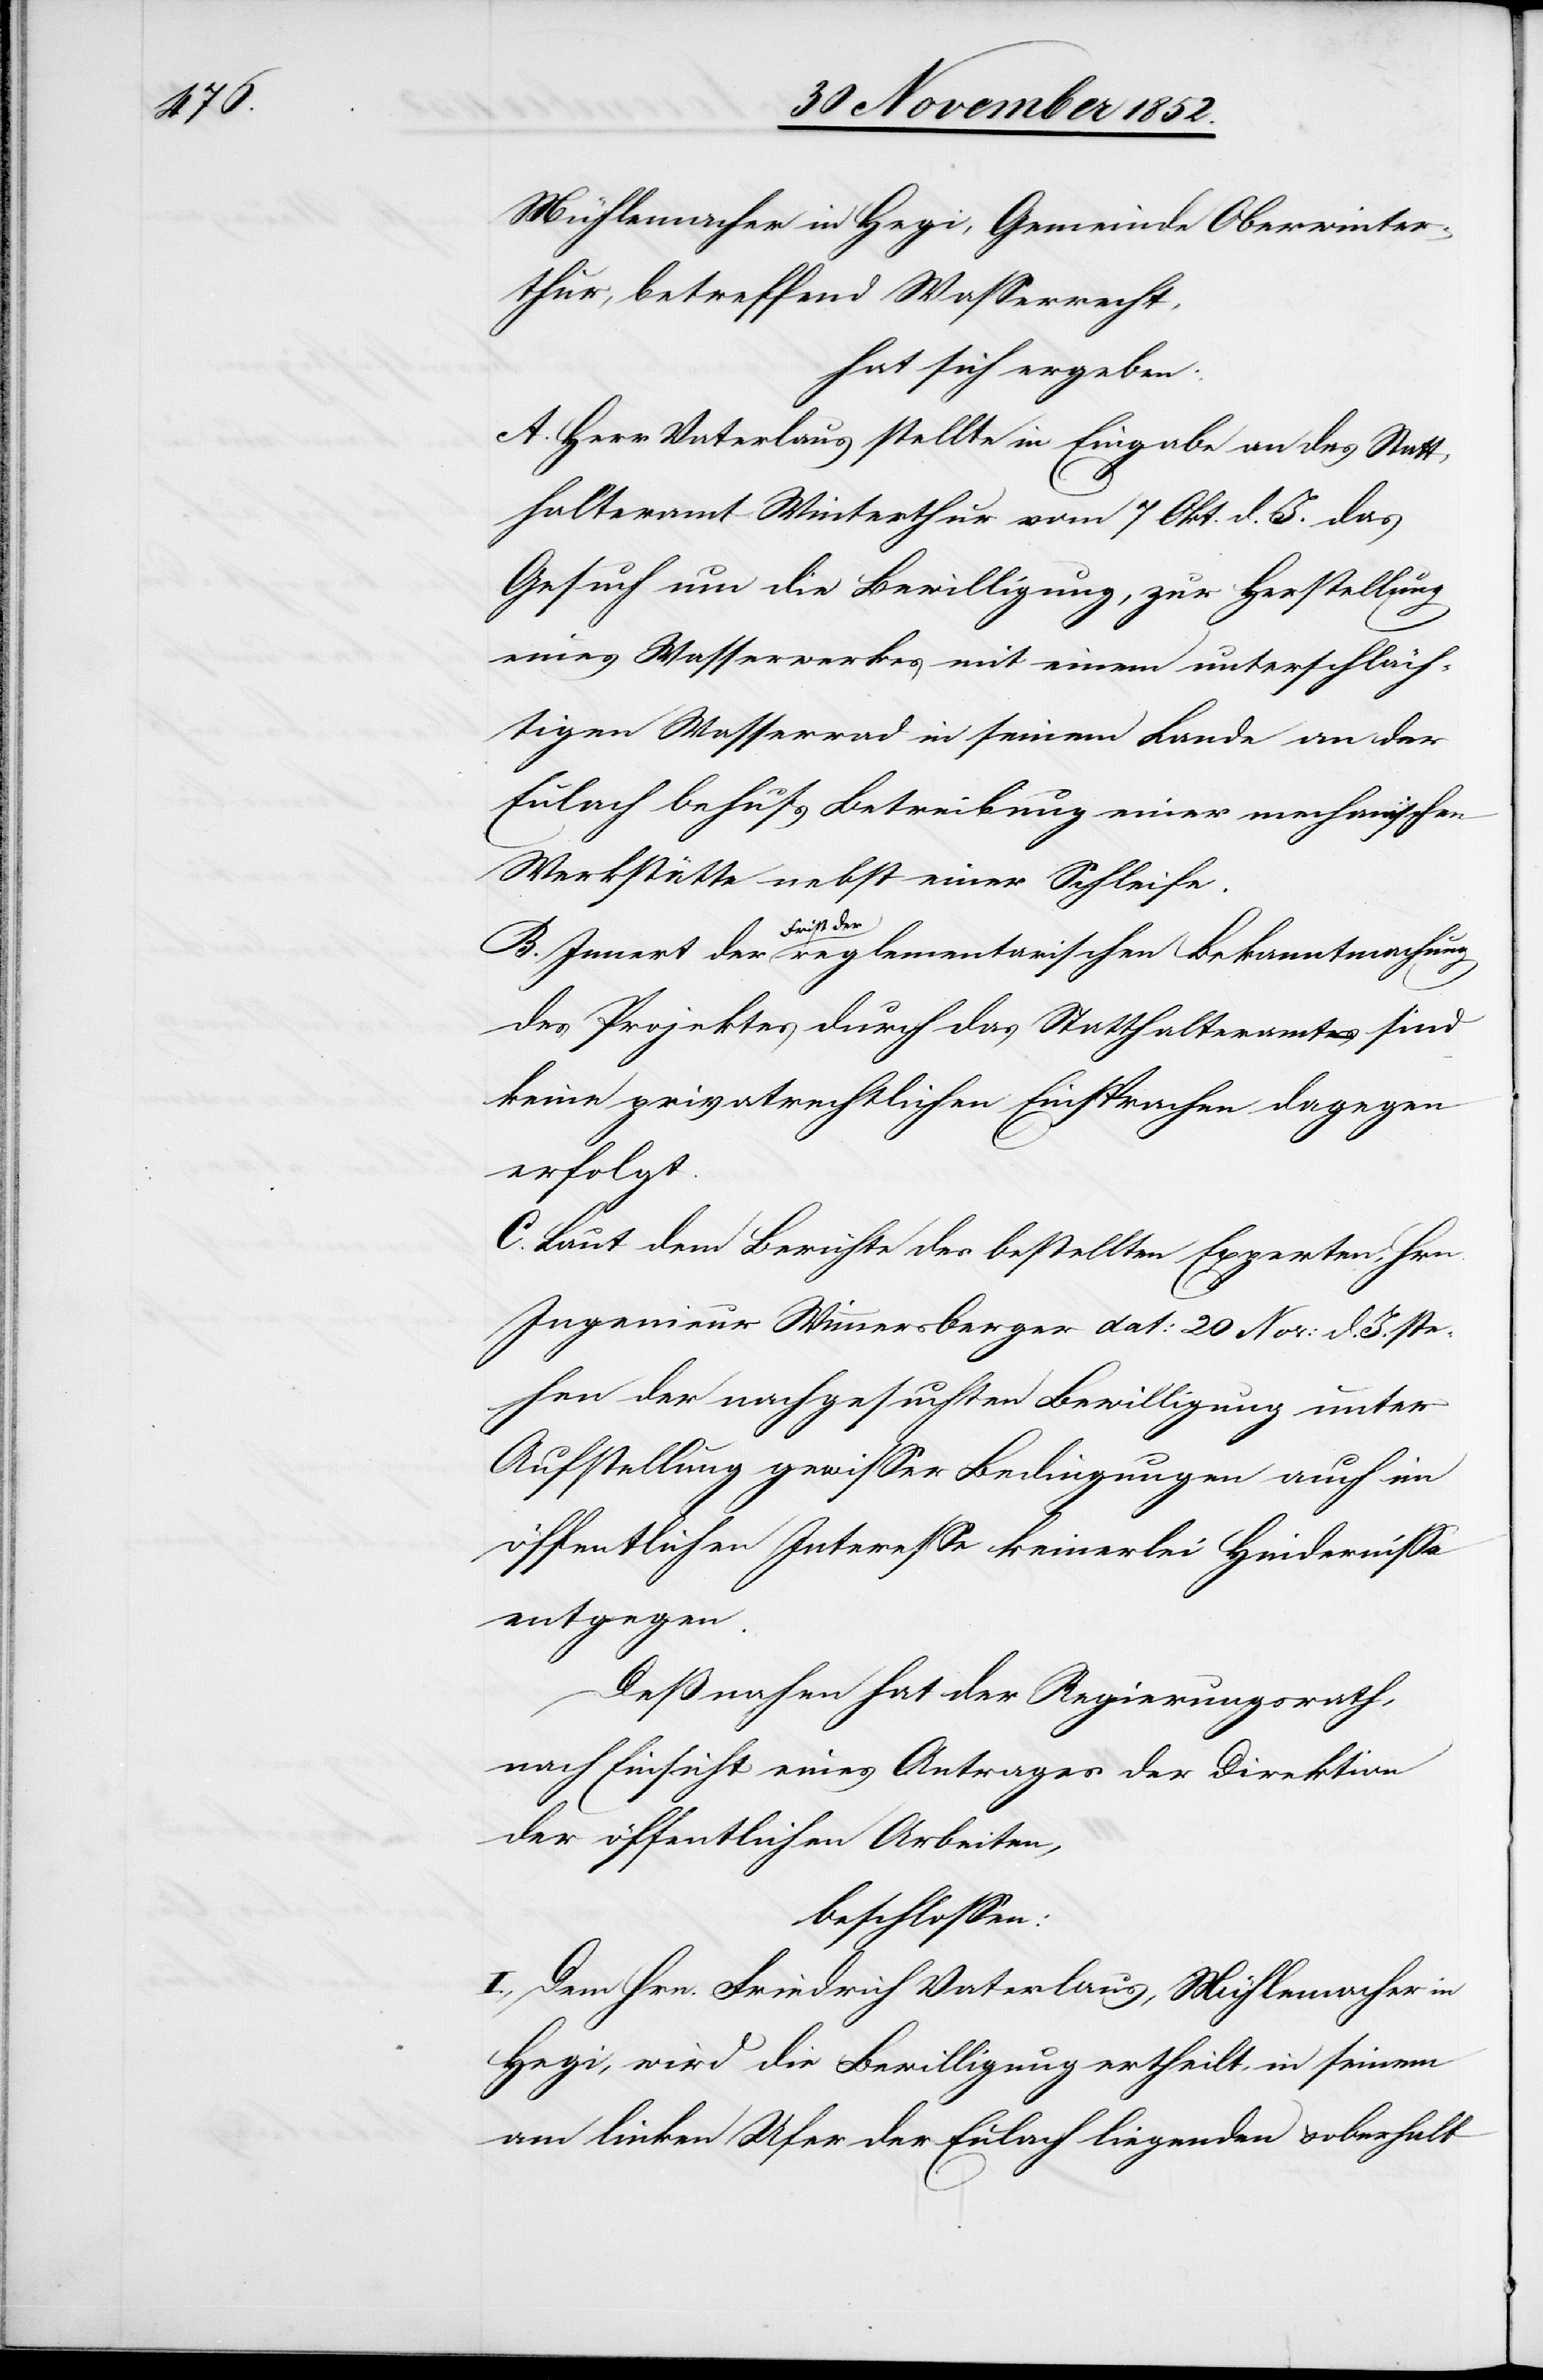
Mühlemacher in Hegi, Gemeinde Oberwinter¬
thur, betreffend Wasserrecht,
hat sich ergeben:
A. Herr Vaterlaus stellte in Eingabe an das Statt¬
halteramt Winterthur vom 7 Okt. d. J. das
Gesuch um die Bewilligung, zur Herstellung
eines Wasserwerkes mit einem unterschläch¬
tigen Wasserrad in seinem Lande an der
Eulach behufs Betreibung einer mechanischen
Werkstätte nebst einer Schleife.
B. Innert der Frist der reglementarischen Bekanntmachung
des Projektes durch das Statthalteramt sind
keine privatrechtlichen Einsprachen dagegen
erfolgt.
C. Laut dem Berichte des bestellten Experten, Hrn.
Ingenieur Wimmersberger dat: 20 Nov: d. J. ste¬
hen der nachgesuchten Bewilligung unter
Aufstellung gewisser Bedingungen auch im
öffentlichen Interesse keinerlei Hindernisse
entgegen.
Deßnahen hat der Regierungsrath,
nach Einsicht eines Antrages der Direktion
der öffentlichen Arbeiten,
beschlossen:
I., Dem Hrn. Friedrich Vaterlaus, Mühlemacher in
Hegi, wird die Bewilligung ertheilt, in seinem
am linken Ufer der Eulach liegenden & oberhalb